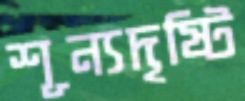
শূন্যদৃষ্টি